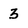
Character: 3